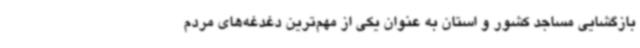
بازگشایی مساجد کشور و استان به عنوان یکی از مهم‌ترین دغدغه‌های مردم